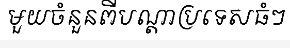
មួយចំនួនពីបណ្តាប្រទេសធំៗ